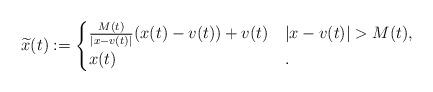
LaTeX: \begin{align*}\widetilde{x}(t) :=\begin{cases}\frac{M(t)}{|x-v(t)|}(x(t)-v(t))+v(t)& |x-v(t)|> M(t),\\x(t) & .\end{cases}\end{align*}